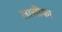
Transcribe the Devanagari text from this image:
लासीका